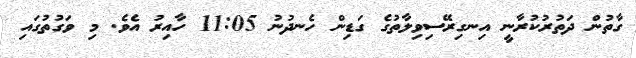
ގާތުން ދަތުރުކުރާނީ އިނގިރޭސިވިލާތުގެ ގަޑިން ހެނދުނު 11:05 ހާއިރު އެވެ. މި ވަގުތުގައި